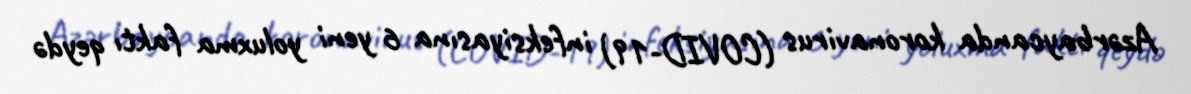
Azərbaycanda koronavirus (COVID-19) infeksiyasına 6 yeni yoluxma faktı qeydə